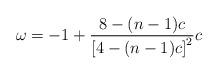
LaTeX: \begin{align*}\omega =-1+\frac{8-(n-1)c}{\left[ 4-(n-1)c\right] ^2}c \end{align*}